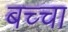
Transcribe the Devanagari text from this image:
बच्‍चा